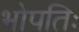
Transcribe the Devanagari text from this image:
भोपतिः